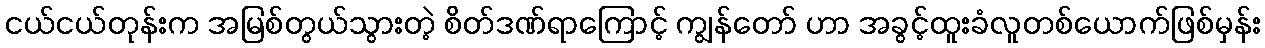
ငယ်ငယ်တုန်းက အမြစ်တွယ်သွားတဲ့ စိတ်ဒဏ်ရာကြောင့် ကျွန်တော် ဟာ အခွင့်ထူးခံလူတစ်ယောက်ဖြစ်မှန်း